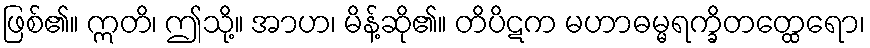
ဖြစ်၏။ ဣတိ၊ ဤသို့။ အာဟ၊ မိန့်ဆို၏။ တိပိဋက မဟာဓမ္မရက္ခိတတ္ထေရော၊